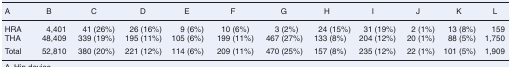
<table><thead><tr><td><b>A</b></td><td><b>B</b></td><td><b>C</b></td><td><b>D</b></td><td><b>E</b></td><td><b>F</b></td><td><b>G</b></td><td><b>H</b></td><td><b>I</b></td><td><b>J</b></td><td><b>K</b></td><td><b>L</b></td></tr></thead><tbody><tr><td>HRA</td><td>4,401</td><td>41 (26%)</td><td>26 (16%)</td><td>9 (6%)</td><td>10 (6%)</td><td>3 (2%)</td><td>24 (15%)</td><td>31 (19%)</td><td>2 (1%)</td><td>13 (8%)</td><td>159</td></tr><tr><td>THA</td><td>48,409</td><td>339 (19%)</td><td>195 (11%)</td><td>105 (6%)</td><td>199 (11%)</td><td>467 (27%)</td><td>133 (8%)</td><td>204 (12%)</td><td>20 (1%)</td><td>88 (5%)</td><td>1,750</td></tr><tr><td>Total</td><td>52,810 </td><td>380 (20%)</td><td>221 (12%)</td><td>114 (6%)</td><td>209 (11%)</td><td>470 (25%)</td><td>157 (8%)</td><td>235 (12%)</td><td>22 (1%)</td><td>101 (5%)</td><td>1,909</td></tr></tbody></table>